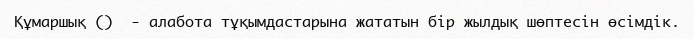
Құмаршық ()  - алабота тұқымдастарына жататын бір жылдық шөптесін өсімдік.